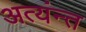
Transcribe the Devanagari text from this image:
अत्यंन्त